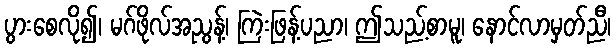
ပွားစေလို၍၊ မဂ်ဖိုလ်အညွန့်၊ ကြဲးဖြန့်ပညာ၊ ဤသည့်စာမူ၊ နောင်လာမှတ်ညီ၊